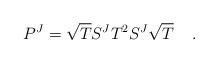
LaTeX: \begin{align*}{P}^J = \sqrt{{T}}{S}^J{T}^2{S}^J\sqrt{{T}} \;\;\;\; .\end{align*}